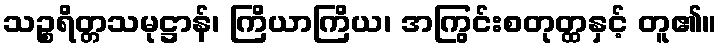
သဉ္စရိတ္တသမုဋ္ဌာန်၊ ကြိယာကြိယ၊ အကြွင်းစတုတ္ထနှင့် တူ၏။